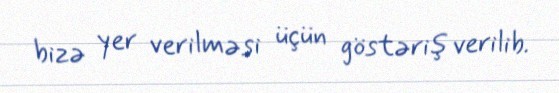
bizə yer verilməsi üçün göstəriş verilib.